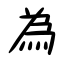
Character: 為